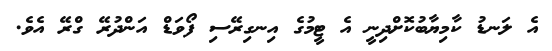
އެ ލަނޑު ކާމިޔާބުކޮށްދިނީ އެ ޓީމުގެ އިނގިރޭސި ފޯވަޑް އަންދުރޭ ގްރޭ އެވެ.